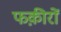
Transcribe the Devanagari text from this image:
फक़ीरों